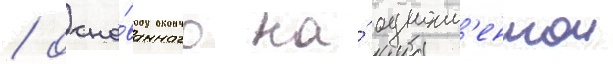
/ осно́ванного на́ одноим'еннои